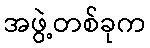
အဖွဲ့တစ်ခုက